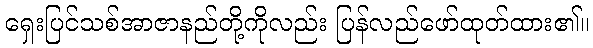
ရှေးပြင်သစ်အာဇာနည်တို့ကိုလည်း ပြန်လည်ဖော်ထုတ်ထား၏။